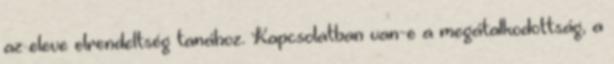
az eleve elrendeltség tanához. Kapcsolatban van-e a megátalkodottság, a